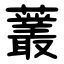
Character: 䕺